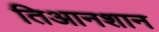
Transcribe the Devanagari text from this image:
तिआनशान